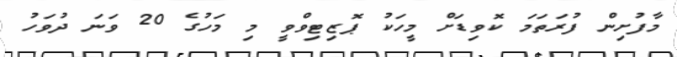
މާފުށިން ފުރަތަމަ ކޮވިޑަށް މީހަކު ޕޮޒިޓިވްވީ މި މަހުގެ 20 ވަނަ ދުވަހު